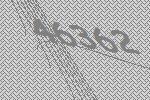
46362